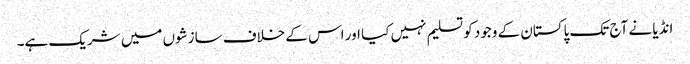
انڈیا نے آج تک پاکستان کے وجود کو تسلیم نہیں کیا اور اس کے خلاف سازشوں میں شریک ہے۔